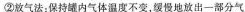
②放气法；保持罐内气体温度不变，缓慢地放出一部分气